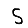
Digit: 5